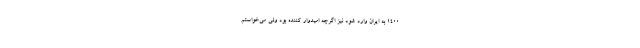
۱۴۰۰ به ایران وارد شود نیز اگرچه امید‌وار کننده بود ولی می‌خواستم